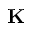
{ \bf K }